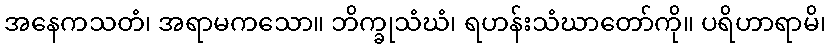
အနေကသတံ၊ အရာမကသော။ ဘိက္ခုသံဃံ၊ ရဟန်းသံဃာတော်ကို။ ပရိဟာရာမိ၊